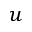
u